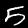
Digit: 5